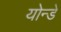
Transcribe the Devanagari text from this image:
योन्डे